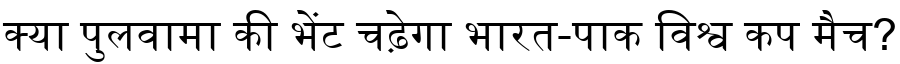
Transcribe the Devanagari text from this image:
क्या पुलवामा की भेंट चढ़ेगा भारत-पाक विश्व कप मैच?